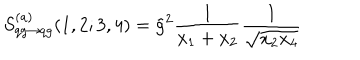
S _ { q g \rightarrow q g } ^ { ( a ) } ( 1 , 2 ; 3 , 4 ) = \tilde { g } ^ { 2 } \frac { 1 } { x _ { 1 } + x _ { 2 } } \frac { 1 } { \sqrt { x _ { 2 } x _ { 4 } } }